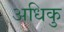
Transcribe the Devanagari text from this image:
अधिकु